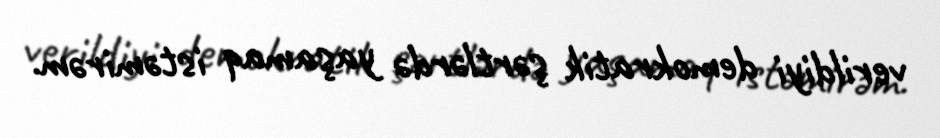
verildiyi demokratik şərtlərdə yaşamaq istəmirəm.